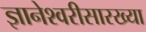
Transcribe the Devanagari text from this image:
ज्ञानेश्वरीसारख्या